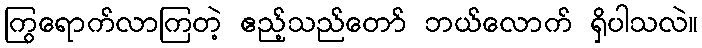
ကြွရောက်လာကြတဲ့ ဧည့်သည်တော် ဘယ်လောက် ရှိပါသလဲ။